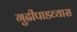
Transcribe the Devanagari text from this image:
गुढीपाडव्यास